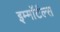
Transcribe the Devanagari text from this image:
इम्माॅर्टल्स